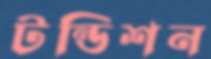
টন্ডিশন